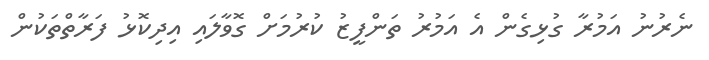
ނެރުނު އަމުރާ ގުޅިގެން އެ އަމުރު ތަންފީޒު ކުރުމަށް ގޮވާލައި އިދިކޮޅު ފަރާތްތަކުން